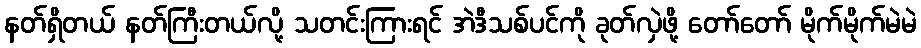
နတ်ရှိတယ် နတ်ကြီးတယ်လို့ သတင်းကြားရင် အဲဒီသစ်ပင်ကို ခုတ်လှဲဖို့ တော်တော် မိုက်မိုက်မဲမဲ